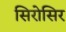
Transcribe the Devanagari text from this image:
सिरोसिर